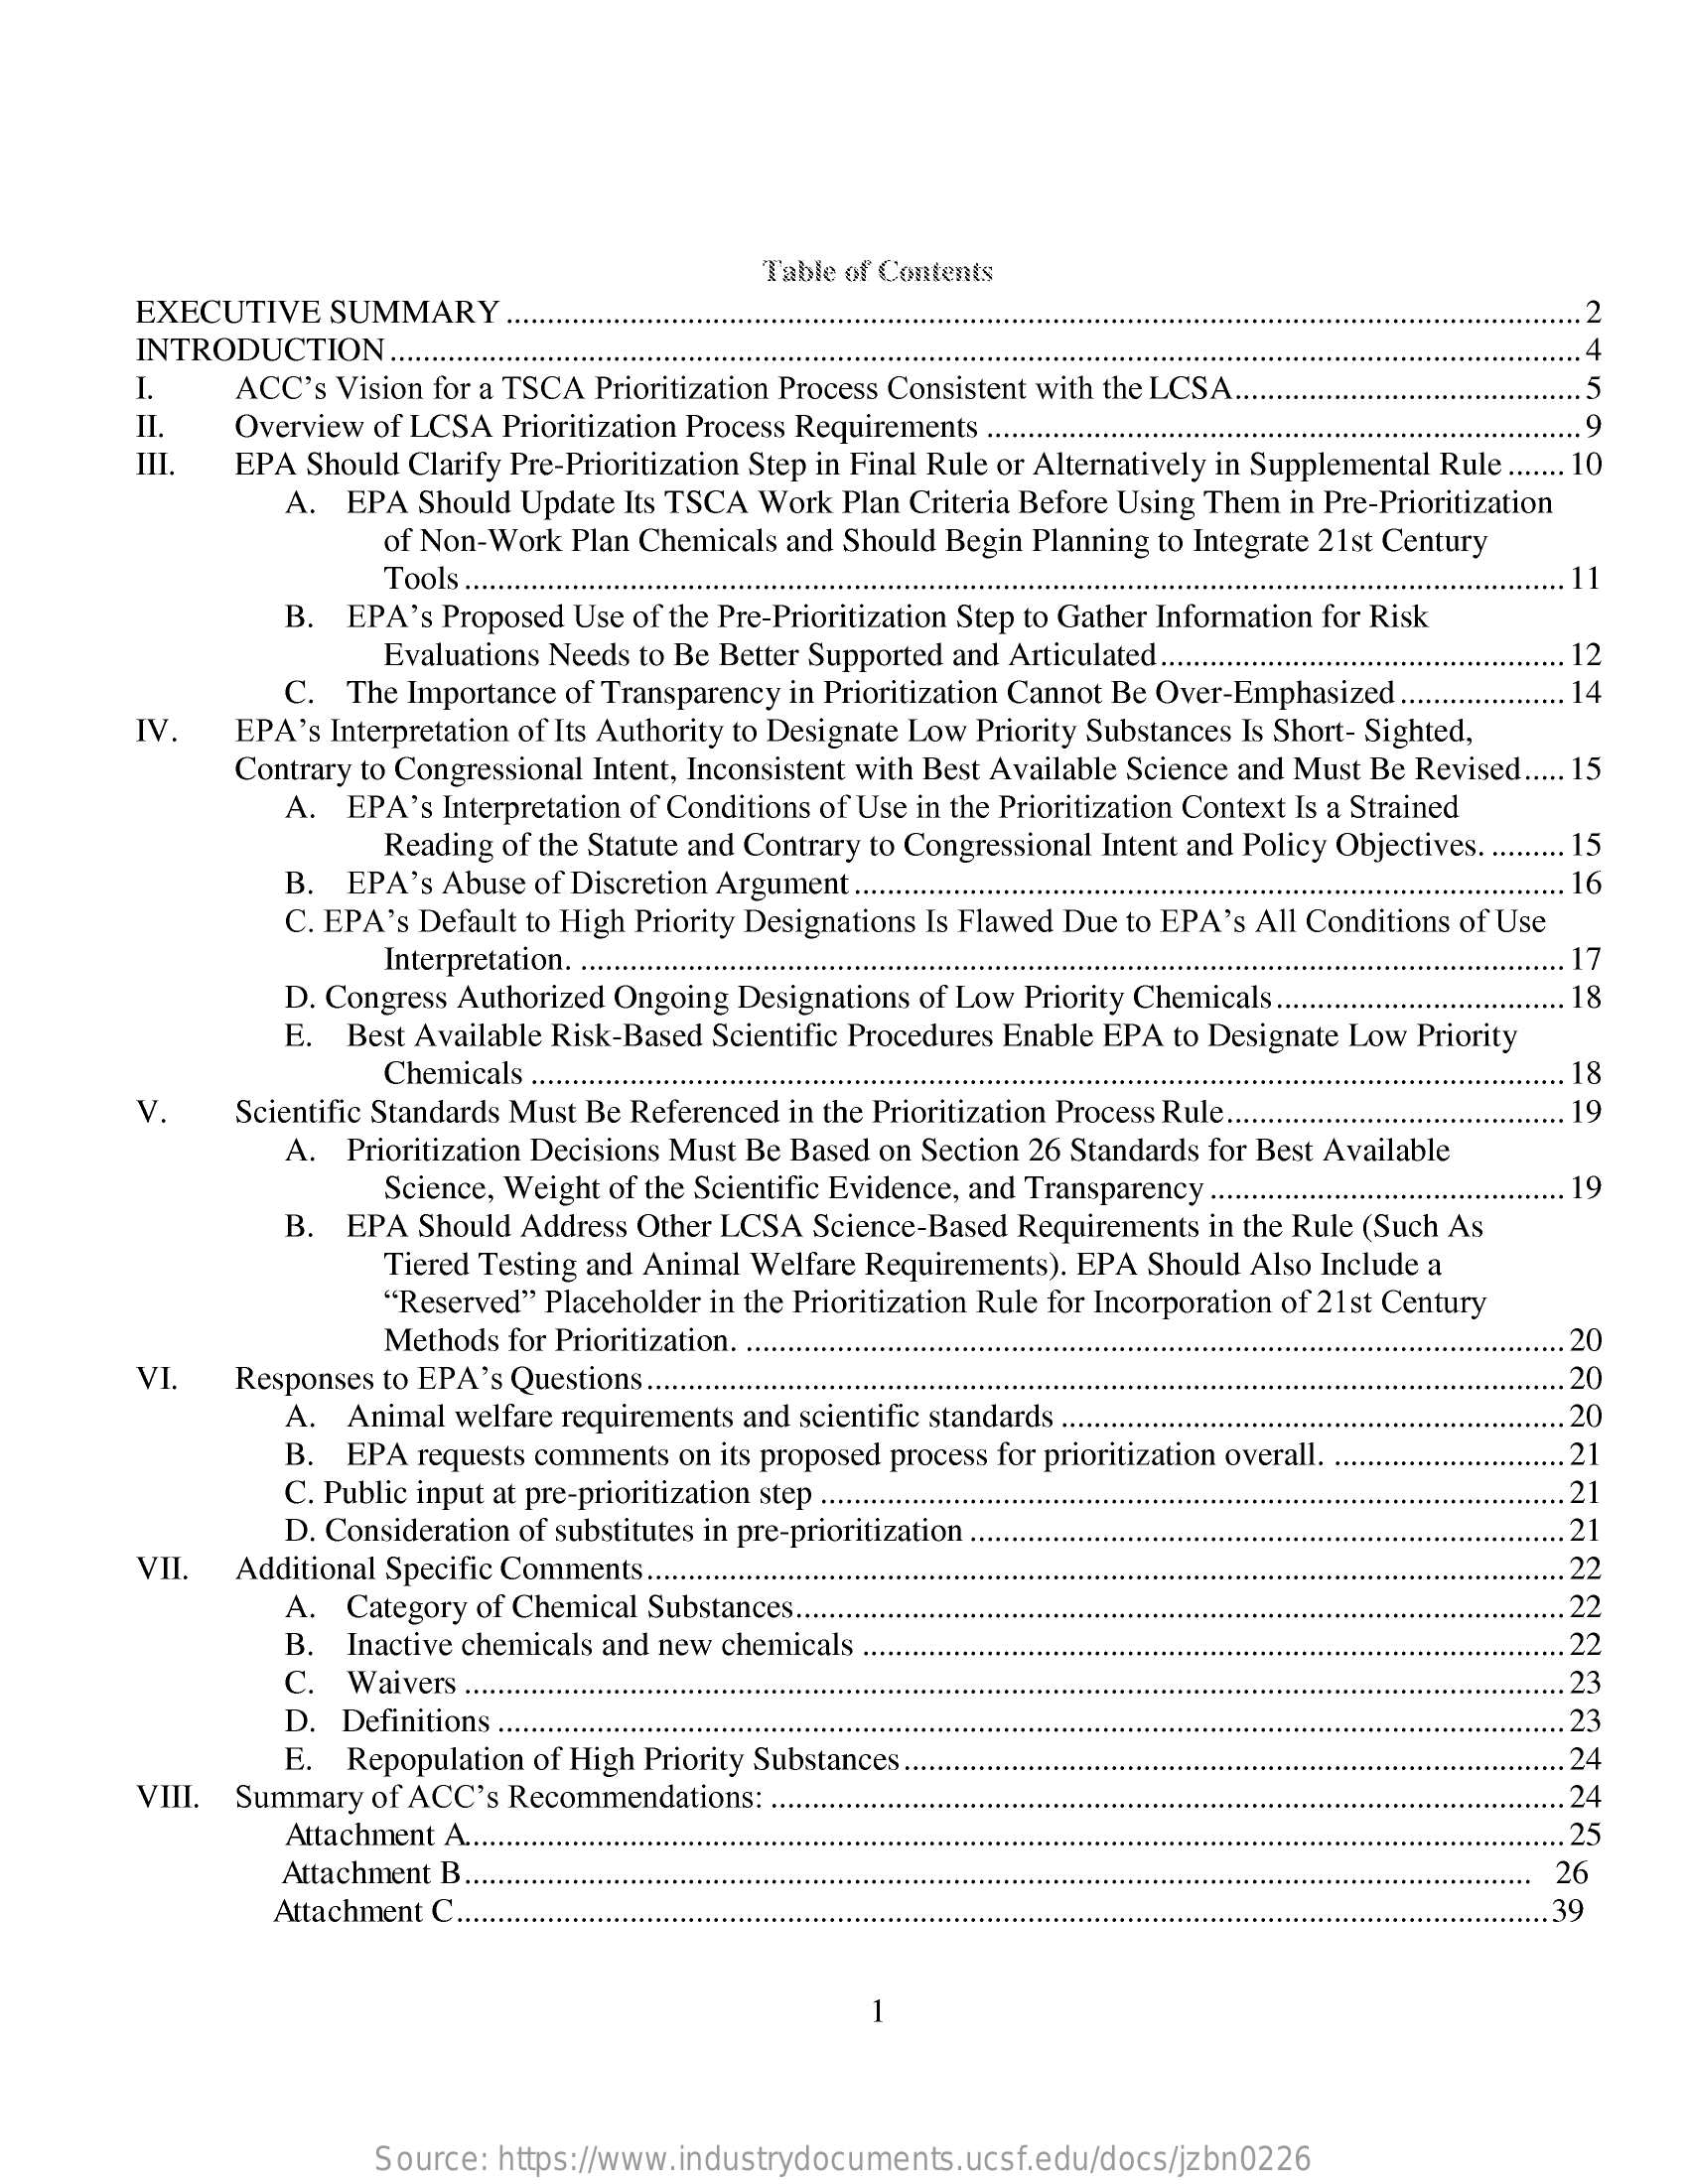
Table of Contents
     EXECUTIVE    SUMMARY    2
     INTRODUCTION    ..
     I.    ACC's Vision for a TSCA Prioritization Process Consistent with the LCSA.    5
     II.    .9
     III.
     Overview of LCSA Prioritization Process Requirements .....
     EPA Should Clarify Pre-Prioritization Step in Final Rule or Alternatively in Supplemental Rule ....... 10
     A. EPA  Should Update Its TSCA Work Plan Criteria Before Using Them in Pre-Prioritization
     of Non-Work Plan Chemicals and Should Begin Planning to Integrate 21st Century
     Tools ........    11
     B.  EPA's Proposed Use of the Pre-Prioritization Step to Gather Information for Risk
     Evaluations Needs to Be Better Supported and Articulated ......
     C.  The Importance of Transparency in Prioritization Cannot Be Over-Emphasized ..
     .... 12
     14
     IV.    EPA's Interpretation of Its Authority to Designate Low Priority Substances Is Short- Sighted,
     Contrary to Congressional Intent, Inconsistent with Best Available Science and Must Be Revised ..... 15
     A.  EPA's Interpretation of Conditions of Use in the Prioritization Context Is a Strained
     Reading of the Statute and Contrary to Congressional Intent and Policy Objectives. ......... 15
     B.  EPA's Abuse  of Discretion Argument .........    .... 16
     C. EPA's Default to High Priority Designations Is Flawed Due to EPA's All Conditions of Use
     Interpretation. ......    17
     D. Congress Authorized Ongoing Designations of Low Priority Chemicals ......    18
     E.  Best Available Risk-Based Scientific Procedures Enable EPA to Designate Low Priority
     Chemicals ........    18
     V.    Scientific Standards Must Be Referenced in the Prioritization Process Rule ......    19
     A. Prioritization Decisions Must Be Based on Section 26 Standards for Best Available
     Science, Weight of the Scientific Evidence, and Transparency .......    19
     B.  EPA  Should Address Other LCSA Science-Based Requirements in the Rule (Such As
     Tiered Testing and Animal Welfare Requirements). EPA Should Also Include a
     "Reserved" Placeholder in the Prioritization Rule for Incorporation of 21st Century
     Methods for Prioritization. .    20
     VI.    Responses to EPA's Questions ........    20
     A.  Animal  welfare requirements and scientific standards ....    20
     B.  EPA  requests comments on its proposed process for prioritization overall. .    .21
     C. Public input at pre-prioritization step ........    .2
     D. Consideration of substitutes in pre-prioritization ...    .21
     VII.   Additional Specific Comments ......    22
     A.  Category of Chemical Substances ......    22
     B.  Inactive chemicals and new chemicals ..    22
     C.  Waivers .....    23
     D.  Definitions ..........    23
     E.  Repopulation of High Priority Substances.    .. 24
     VIII.  Summary  of ACC's Recommendations:    24
     Attachment A .....    25
     Attachment B.    26
     Attachment C ...    .. 39
     -
     Source: https://www.industrydocuments.ucsf.edu/docs/jzbn0226